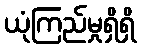
ယုံကြည်မှုရှိရှိ